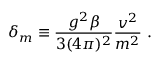
\delta _ { m } \equiv \frac { g ^ { 2 } \beta } { 3 ( 4 \pi ) ^ { 2 } } \frac { v ^ { 2 } } { m ^ { 2 } } \ .